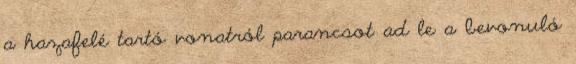
a hazafelé tartó vonatról parancsot ad le a bevonuló